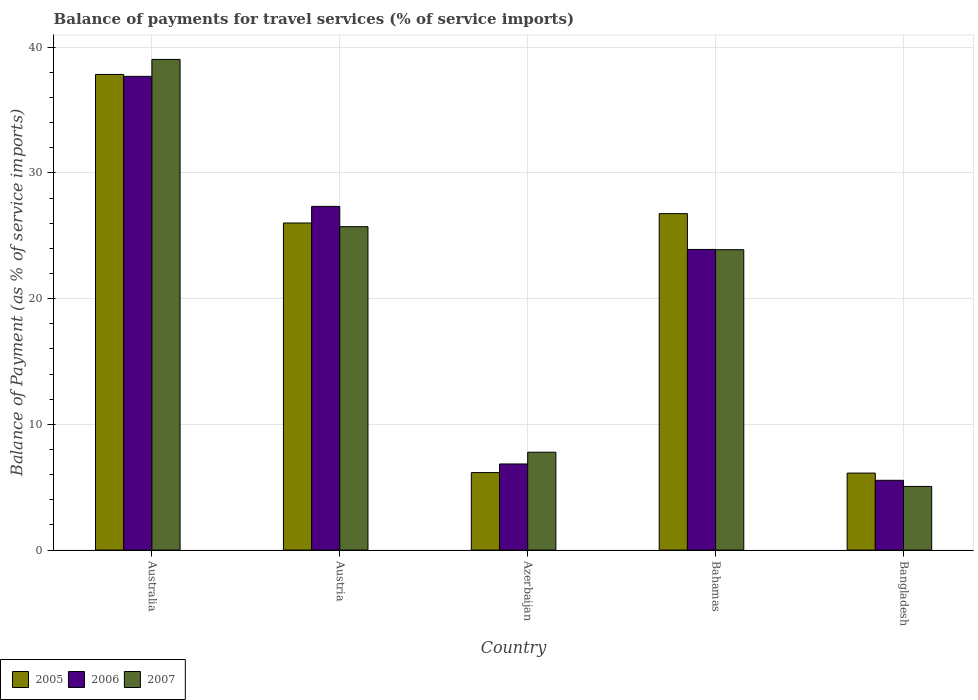
| Country | 2005 | 2006 | 2007 |
 | --- | --- | --- | --- |
 | Australia | 37.8 | 37.7 | 39 |
 | Austria | 26 | 27.3 | 25.7 |
 | Azerbaijan | 6.17 | 6.85 | 7.79 |
 | Bahamas | 26.8 | 23.9 | 23.9 |
 | Bangladesh | 6.13 | 5.55 | 5.06 |